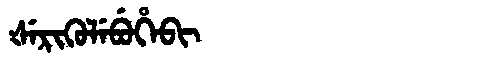
Manchu: ᡧᡝᡵᡳᡴᡠᠯᡝᠪᡠᡥᡝᠪᡳ
Romanization: ŠERIKULEBUHEBI